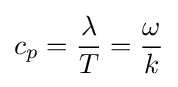
c_{p}={\frac {\lambda }{T}}={\frac {\omega }{k}}